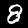
Label: 8